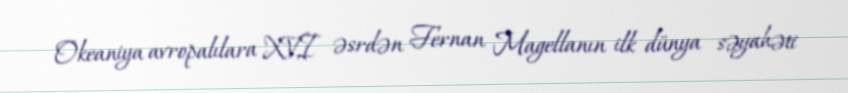
Okeaniya avropalılara XVI əsrdən Fernan Magellanın ilk dünya səyahəti